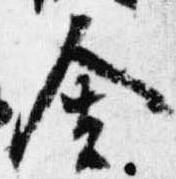
舎